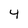
Character: 4